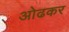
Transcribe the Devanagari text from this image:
ओढकर